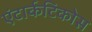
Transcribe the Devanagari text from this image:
एंटार्कटिकोस